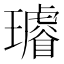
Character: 𤪽